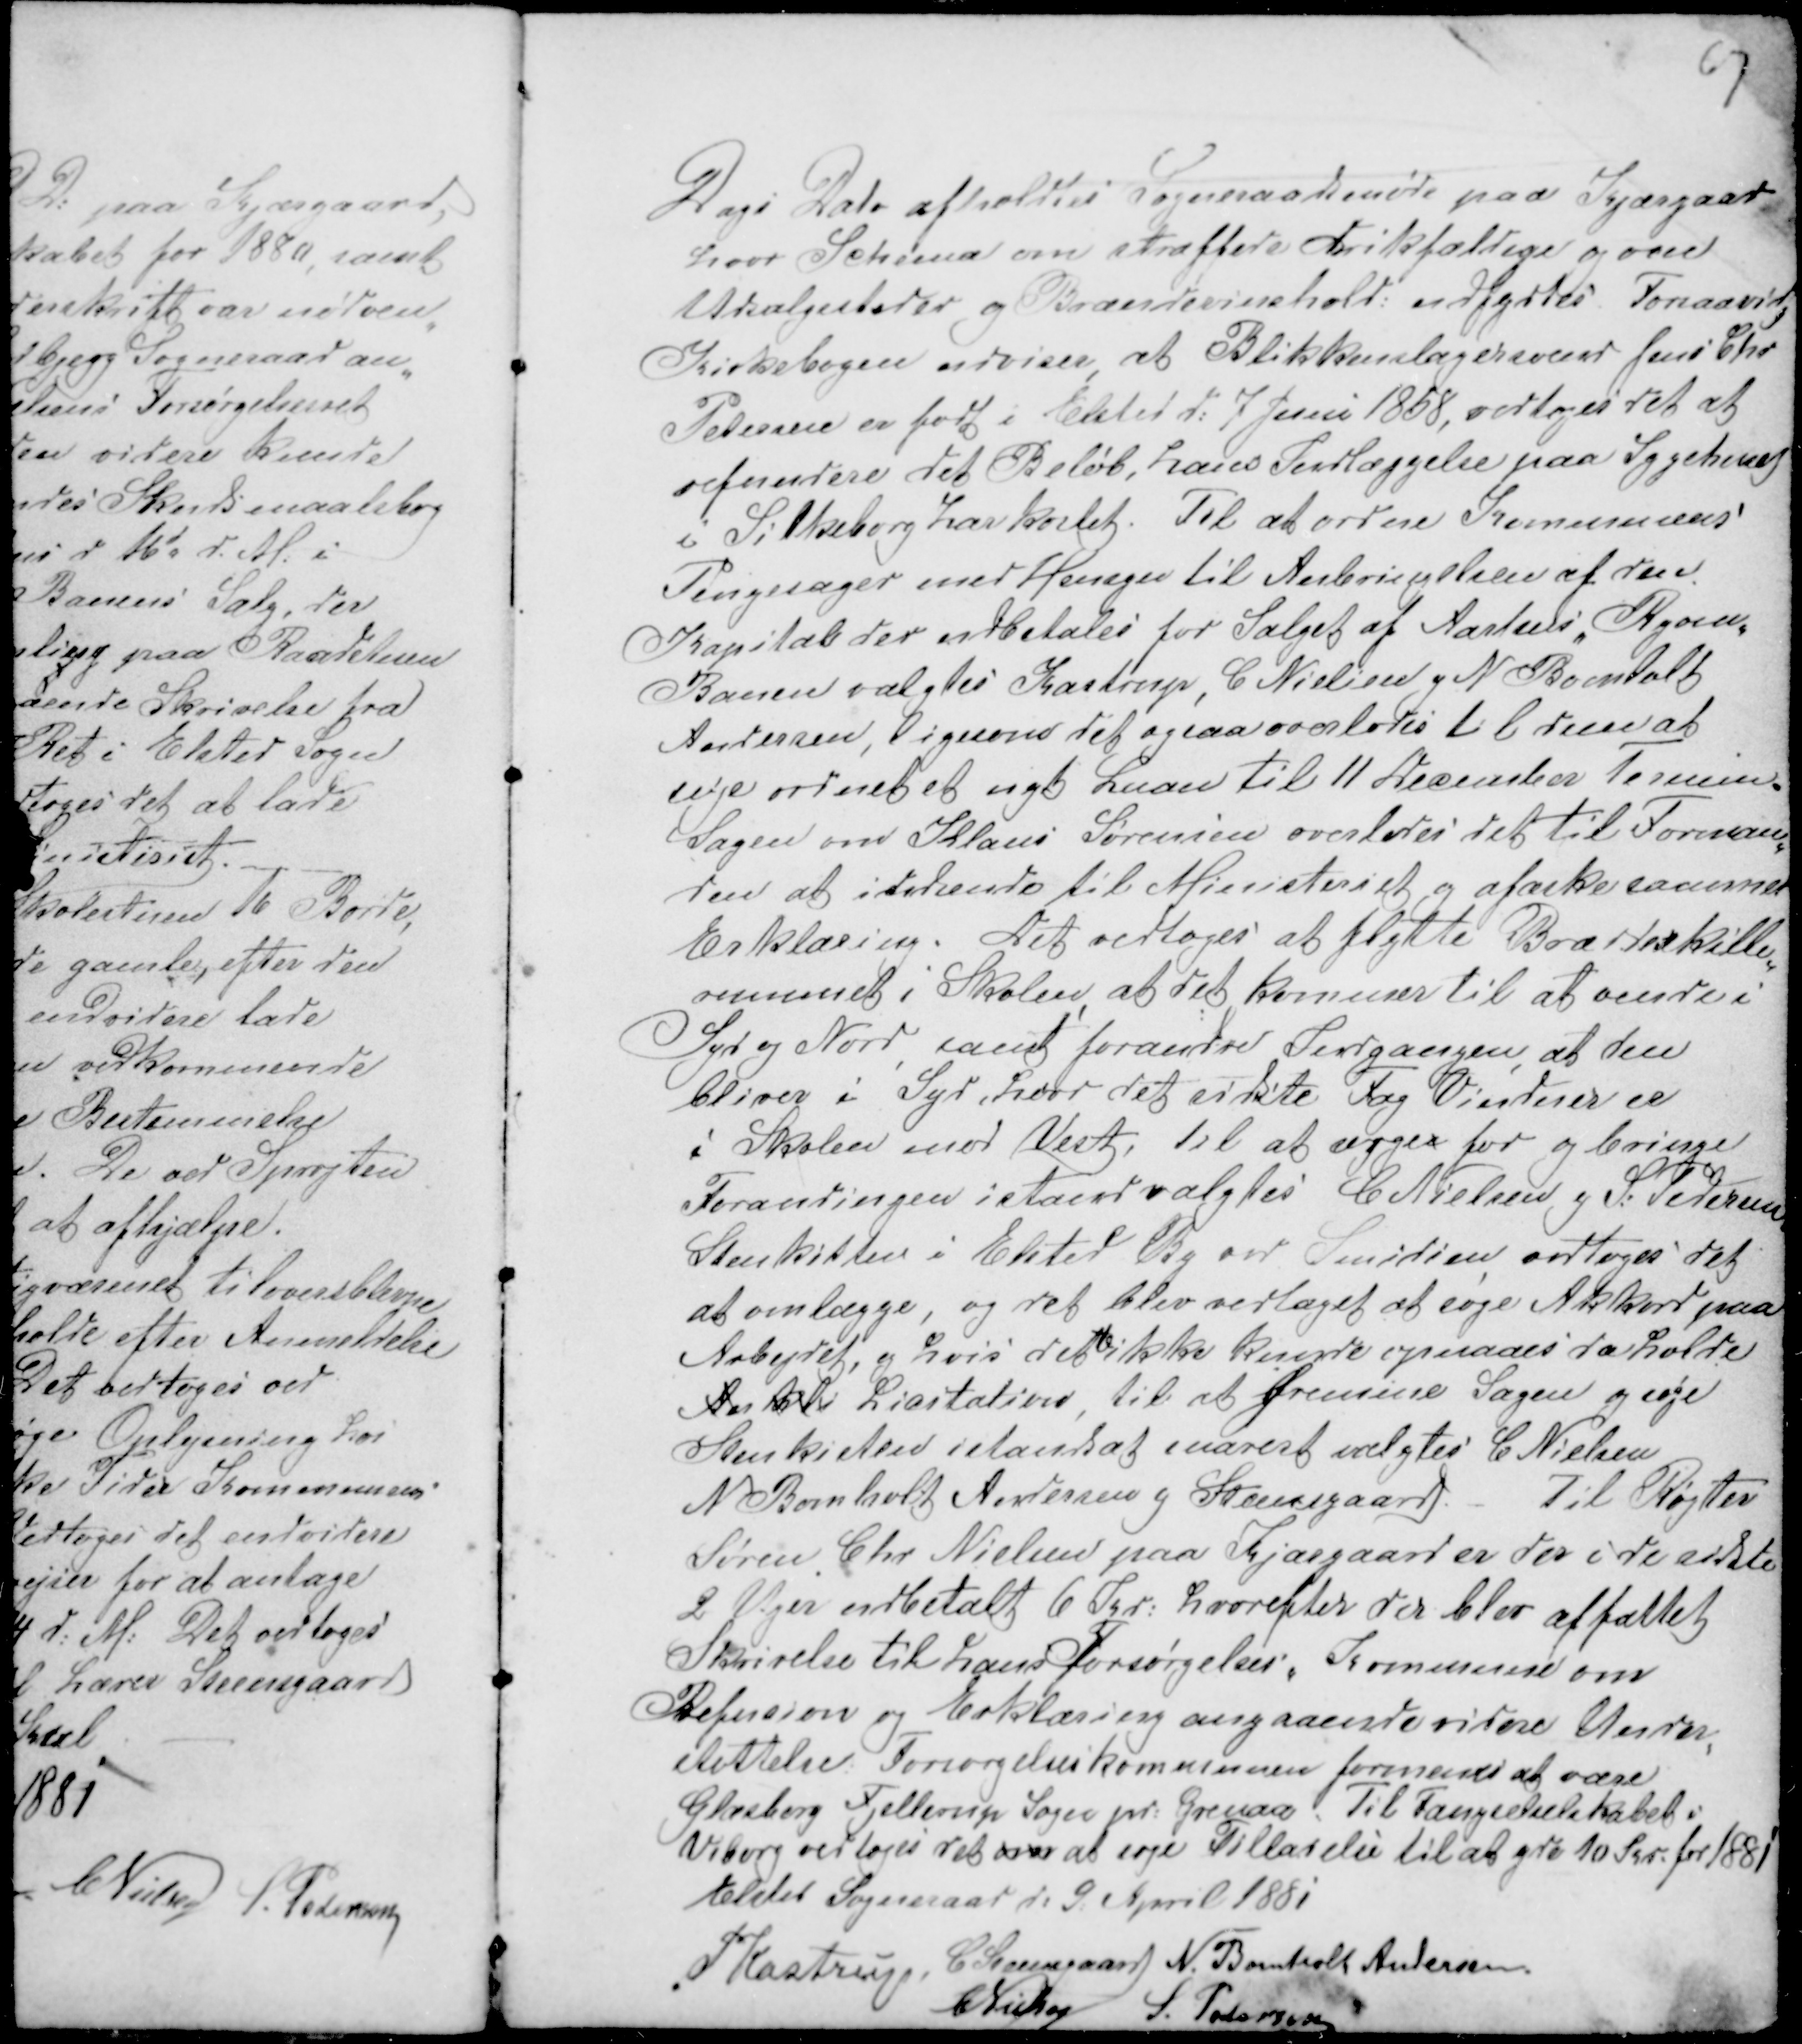
Transskription:
Dags Dato afholdtes Sogneraadsmøde paa Kjærgaard
hvor Schema over straffede drikfældige og over
Udsagssteder og Brændevinshold: udfyrtes. Forsaavidt
Kirkebogen udviser, at Blikkenslagersvend Jens Chr
Petersen er født i Elsted d: 7 Juni 1868, vedtoges det at
refundere det Beløb, hans Indlæggelse paa Sygehuset
i Silkeborg har kostet Til at ordne Kommunens
Pengesager med Hensyn til Anbringelsen af den
Kapital der udbetales for Salget af Aarhus, Ryom,
Banen valgtes Kastrup, C Nielsen g N Bomholt
Andersen, ligesom det ogsaa overlodes til dem at
søge ordnet et nyt Laan til 11 December Termin.
Sagen mod Klaus Sørensen overlodes det til Forman-
den at indsende til Ministeriet og afæske sammes
Erklæring. Det vedtoges at flytte Bræddeskille-
rummet i Skolen, at det kommer til at vende i
Syd og Nord, samt forandre Sudgangen at den
bliver i Syd, hvor det sidste Fag Vinduer er
i Skolen mod Vest, til at sørges for og bringe
Forandringen istand valgtes C Nielsen g S: Pedersen
Stenkitten i Elsted og ved Smedien vedtoges det
at omlægge, og det blev vedtaget at søge Akkord paa
Arbejdet, og hvis dette ikke kunde opnaaes da holde
Aar kl Licitation, til at fremme Sagen og søge
Stenkisten istandsat snarest valgtes C Nielsen
N Bomholt Andersen g Steensgaard. - Til Røgter
Søren Chr Nielsen paa Kjærgaard er der i de sidste
2 Uger udbetalt 6 Kr: hvorefter der blev affattet
Skrivelse til hans Forsørgelses Kommune om
Refusion og Erklæring angaaende videre Under-
støttelse: Forsørgelseskommunen formenes at være
Glæsborg Fjellerup Sogn pr. Grenaa. Til Fængselselskabet i
Viborg vedtoges det om at søge Tilladelse til at yde 10 Kr. for 1881
Elsted Sogneraad d. 9 April 1881
P Kastrup C Steensgaard N. Bomholt Andersen
CNielsen S. Pedersen